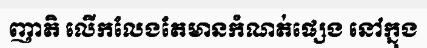
ញាតិ លើកលែងតែមានកំណត់ផ្សេង នៅក្នុង